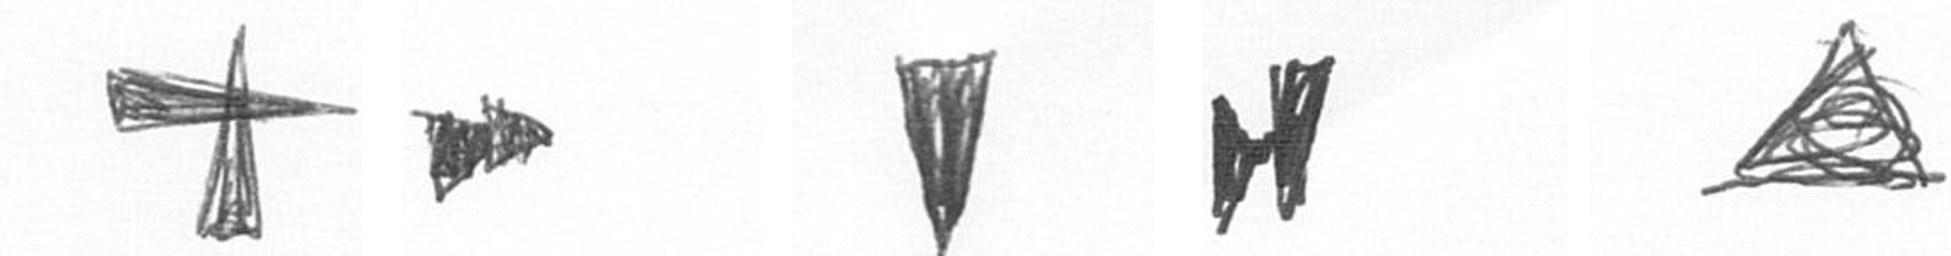
G A J M O